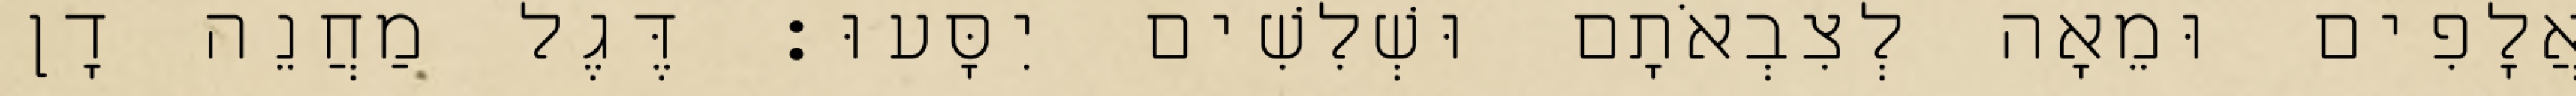
אֲלָפִים וּמֵאָה לְצִבְאֹתָם וּשְׁלִשִׁים יִסָּעוּ׃ דֶּגֶל מַחֲנֵה דָן